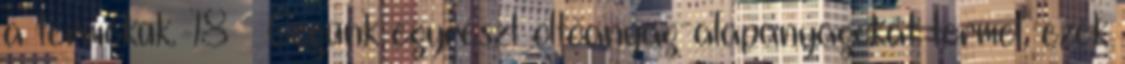
a termékük. 18 — Cégünk egyrészt oltóanyag-alapanyagokat termel, ezek